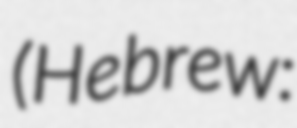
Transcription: (Hebrew: